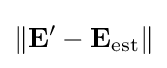
\|\mathbf {E} '-\mathbf {E} _{\rm {est}}\|